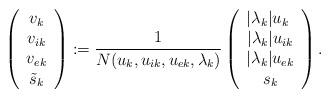
LaTeX: \begin{align*}\left(\begin{array}{c}v_k\\v_{ik}\\v_{ek}\\\tilde{s}_k\end{array}\right)&:=\frac{1}{N(u_k,u_{ik},u_{ek},\lambda_k)}\left(\begin{array}{c}|\lambda_k| u_k\ \\|\lambda_k| u_{ik}\\|\lambda_k| u_{ek}\\s_k\end{array}\right).\end{align*}